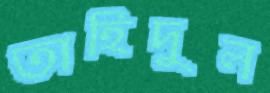
তাহিদুল